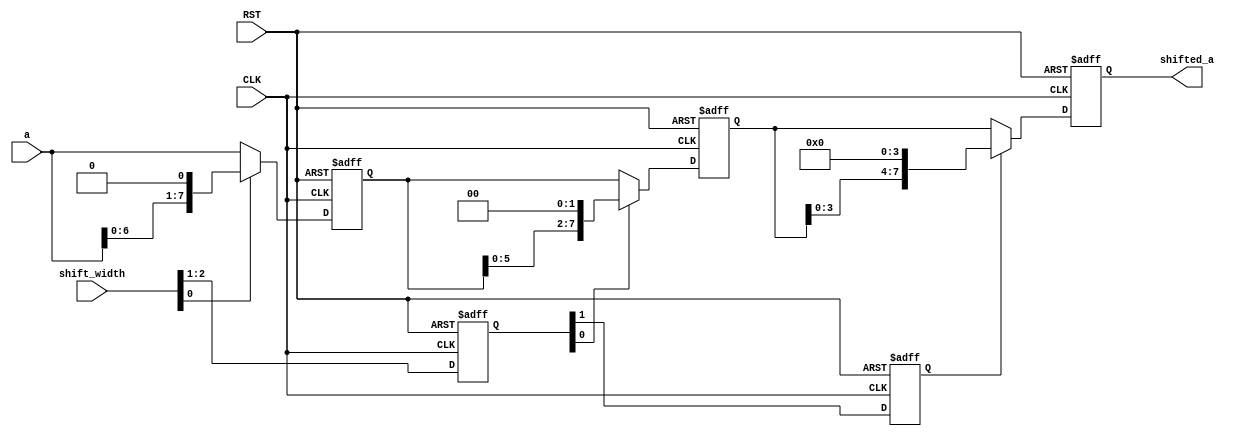
/***********************************************
Module Name:   variable_shift_pipeline
Feature:       Shift operation with various bit in pipeline
Coder:         Garfield
Organization:  XXXX Group, Department of Architecture
------------------------------------------------------
Input ports:   CLK, 1 bit clock, 200 ns period
               RST, 1 bit, reset
               a, 8 bit, operent
               shift_width, 3 bits, shift bit nymber
Output Ports:  shifted_a, 8 bits, result as a << shift_width
------------------------------------------------------
History:
01-25-2016: First Version by Garfield
01-25-2016: First verified by variable_shift_pipeline_test  ISE/Modelsim
***********************************************/

module variable_shift_pipeline
  ( 
    input CLK, input RST,
    input[7:0] a,
    input[2:0] shift_width,
    output[7:0] shifted_a
  );

//Definition for Variables in the module
wire[2:0] width_0;
reg[1:0]  width_1;
reg       width_2;
//Shift_width chain
wire[7:0] a0;
reg[7:0]  a1, a2, a3;
//Operates chain

//Load other module(s)
                
//Logical
assign a0 = a;
assign width_0 = shift_width;
assign shifted_a = a3;

always @(posedge CLK or negedge RST)
//Shift_width chain
begin
   if (!RST)
   //Reset
   begin
       width_1 <= 2'b00;
       width_2 <= 1'b0;
   end
   else 
   begin 
       width_1 <= width_0[2:1];
       width_2 <= width_1[1];
   end
end

always @(posedge CLK or negedge RST)
//Operation
begin
   if (!RST)
   begin
       a1 <= 8'h0;
   end
   else
   begin
       if (width_0[0])
       begin
           a1 <= a0 << 1;
       end
       else
       begin
           a1 <= a0;
       end
   end
end

always @(posedge CLK or negedge RST)
//Operation
begin
   if (!RST)
   begin
       a2 <= 8'h0;
   end
   else
   begin
       if (width_1[0])
       begin
           a2 <= a1 << 2;
       end
       else
       begin
           a2 <= a1;
       end
   end
end

always @(posedge CLK or negedge RST)
//Operation
begin
   if (!RST)
   begin
       a3 <= 8'h0;
   end
   else
   begin
       if (width_2)
       begin
           a3 <= a2 << 4;
       end
       else
       begin
           a3 <= a2;
       end
   end
end

endmodule